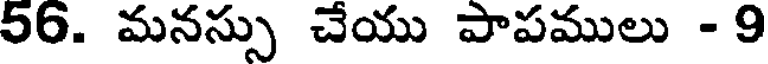
56. మనస్సు చేయు పాపములు - 9